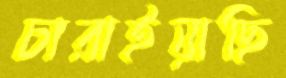
চারাইয়াছি